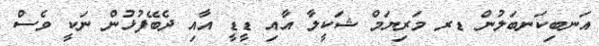
އަނބިކަނބަލުން ޑރ މަރިޔަމް ޝަކީލާ އާއި ޑީޑީ އާއި ދެބޭފުޅުން ނަކީ ވެސް